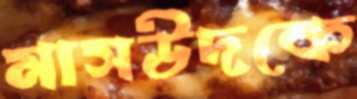
মাসউদকে